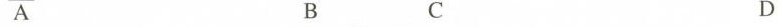
A B C D